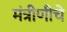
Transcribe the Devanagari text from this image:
मंत्रीणीचे